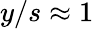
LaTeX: y/s\approx 1